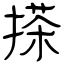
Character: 搽